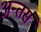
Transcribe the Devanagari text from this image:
अन्तर्स